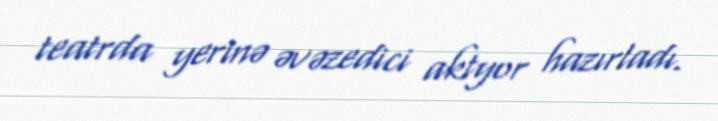
teatrda yerinə əvəzedici aktyor hazırladı.